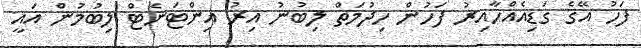
ފަހު އޭގެ ގަޑިއެއްހާއިރު ފަހުން ހިދުމަތް ލިބުނު އިރު އިންޓަނެޓް ލިބުމުން އައީ